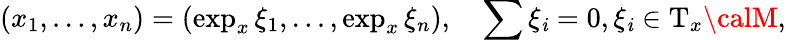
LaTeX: (x_{1},\dots,x_{n})=(\exp_{x}\xi_{1},\dots,\exp_{x}\xi_{n}),\quad\sum\xi_{\mathit{i}}=0,\xi_{\mathit{i}}\in\mathrm{{T}}_{x}{\calM},